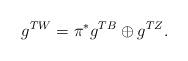
LaTeX: \begin{align*}g^{TW}=\pi^*g^{TB}\oplus g^{TZ}.\end{align*}